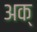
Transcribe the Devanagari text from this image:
अक्